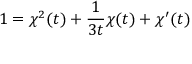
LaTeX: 1 = \chi ^ { 2 } ( t ) + { \frac { 1 } { 3 t } } \chi ( t ) + \chi ^ { \prime } ( t )